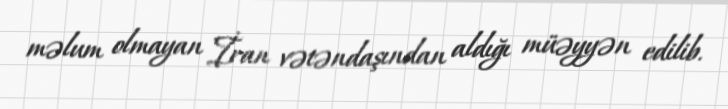
məlum olmayan İran vətəndaşından aldığı müəyyən edilib.